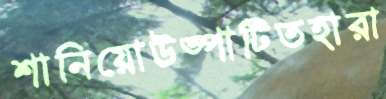
শানিয়োউত্পাটিতহারা